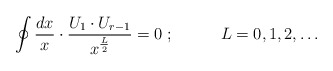
\begin{align*}\oint\frac{dx}{x}\cdot\frac{U_1\cdot U_{r-1}}{x^{\frac{L}{2}}}=0 \;;\;\;\;\;\;\;\;\;\;\;L=0,1,2,\ldots\end{align*}